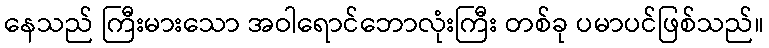
နေသည် ကြီးမားသော အဝါရောင်ဘောလုံးကြီး တစ်ခု ပမာပင်ဖြစ်သည်။